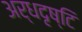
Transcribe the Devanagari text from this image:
अर्धदृष्टि